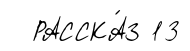
РАССКА́З 13